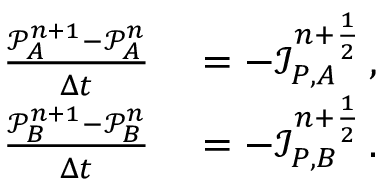
\begin{array} { r l } { \frac { \mathcal P _ { A } ^ { n + 1 } - \mathcal P _ { A } ^ { n } } { \Delta t } } & { { } = - \mathcal I _ { P , A } ^ { n + \frac 1 2 } \, , } \\ { \frac { \mathcal P _ { B } ^ { n + 1 } - \mathcal P _ { B } ^ { n } } { \Delta t } } & { { } = - \mathcal I _ { P , B } ^ { n + \frac 1 2 } \, . } \end{array}